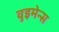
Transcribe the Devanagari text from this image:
वुइमेन्स